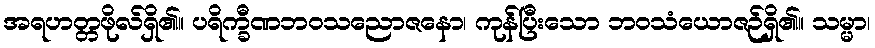
အရဟတ္တဖိုလ်ရှိ၏။ ပရိက္ခီဏဘဝသညောဇနော၊ ကုန်ပြီးသော ဘဝသံယောဇဉ်ရှိ၏။ သမ္မာ၊